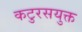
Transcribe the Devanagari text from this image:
कटुरसयुक्त